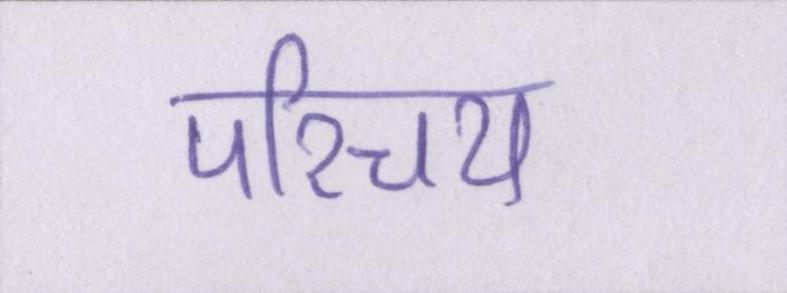
परिचय